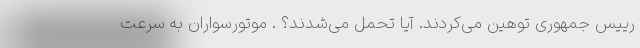
رییس جمهوری توهین می‌کردند. آیا تحمل می‌شدند؟ . موتورسواران به سرعت